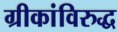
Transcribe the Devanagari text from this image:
ग्रीकांविरुद्ध